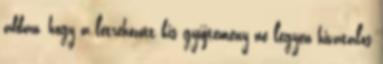
abban, hogy a létrehozott kis gyűjtemény ne legyen hivatalos